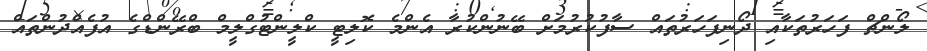
ލޯންޗް ފަހަރުތަކާއި ދޯނިފަހަރުތައް ސާފުކުރުމަށް ބޭނުންކުރާ އެންމެ ކޮލިޓީ ކްލީންޓުގްލީމް ބްރޭންޑްގެ އުފެއްދުންތައް